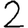
Digit: 2